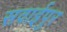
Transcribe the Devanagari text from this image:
सवाईपुर